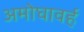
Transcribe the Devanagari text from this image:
अमोघावर्ह